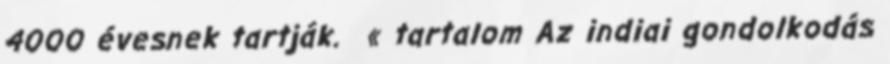
4000 évesnek tartják. « tartalom Az indiai gondolkodás